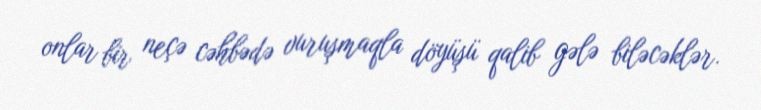
onlar bir neçə cəhbədə vuruşmaqla döyüşü qalib gələ biləcəklər.